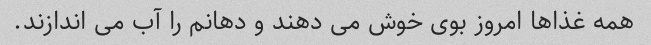
همه غذاها امروز بوی خوش می دهند و دهانم را آب می اندازند.